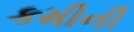
કમીની